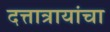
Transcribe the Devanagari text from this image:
दत्तात्रायांचा